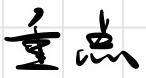
重点